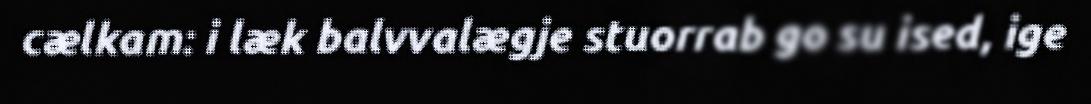
cælkam: i læk balvvalægje stuorrab go su ised, ige